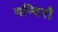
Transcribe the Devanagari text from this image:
मन्दिरौ